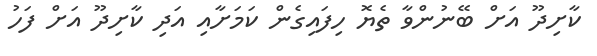
ކާށިދޫ އަށް ބޭނުންވާ ތެޔޮ ހިފައިގެން ކަމަށާއި އަދި ކާށިދޫ އަށް ފަހު